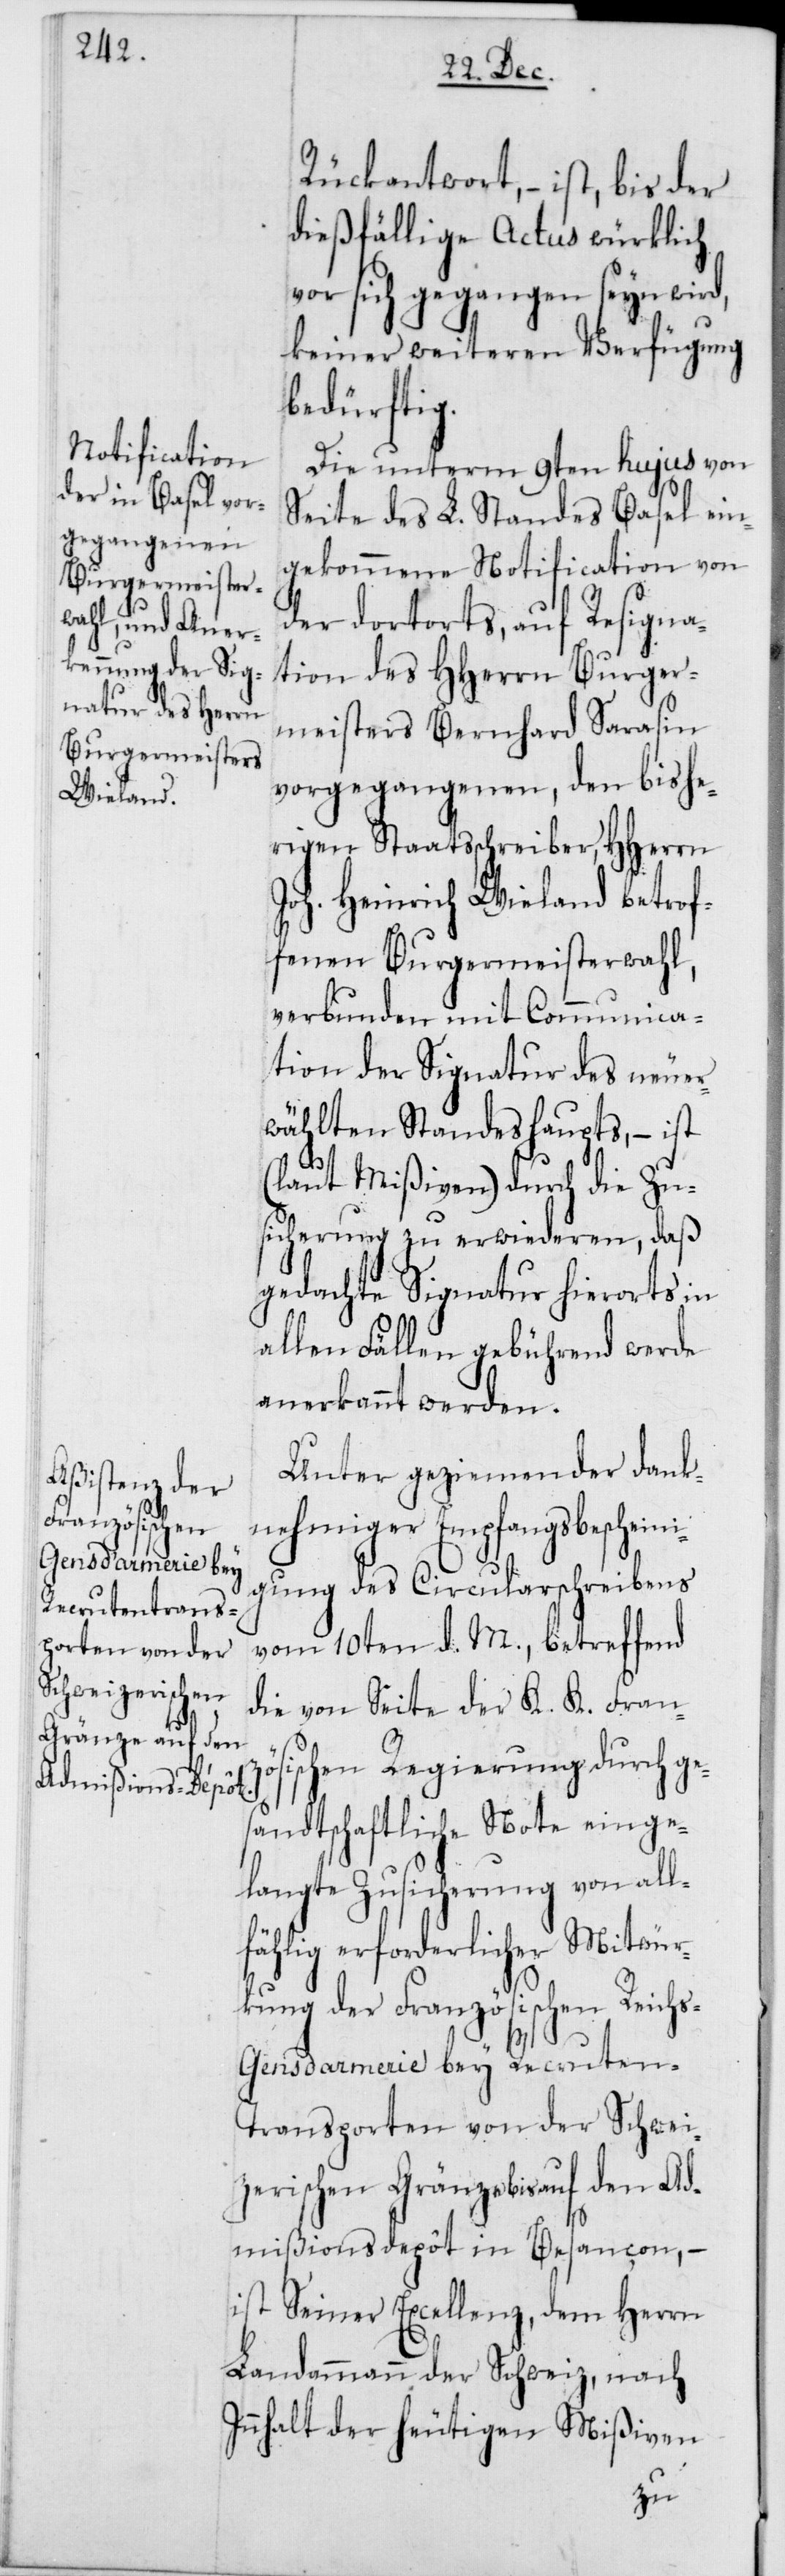
Rückantwort, – ist, bis der
dießfällige Actus würklich
vor sich gegangen seyn wird,
keiner weiteren Verfügung
bedürftig.
Die unterm 9ten hujus von
Seite des L. Standes Basel ein¬
gekommene Notification von
der dortorts, auf Resigna¬
tion des HHerrn Burger¬
meisters Bernhard Sarasin
vorgegangenen, den bishe¬
rigen Staatsschreiber, HHerrn
Joh. Heinrich Wieland betrof¬
fenen Burgermeisterwahl,
verbunden mit Communica¬
tion der Signatur des neuer¬
wählten Standeshaupts, – ist
(laut Mißiven) durch die Zu¬
sicherung zu erwiederen, daß
gedachte Signatur hierorts in
allen Fällen gebührend werde
anerkannt werden.
Unter geziemender dank¬
nehmiger Empfangsbescheini¬
gung des Circularschreibens
vom 10ten d. M., betreffend
die von Seite der K. K. Franz¬
ösischen Regierung durch ge¬
sandtschaftliche Note einge¬
langte Zusicherung von all¬
fählig erforderlicher Mitwür¬
kung der Französischen Reich¬
s-Gensdarmerie bey Recruten-T¬
ransporten von der Schwei¬
zerischen Gränze bis auf den Ad¬
mißionsdepôt in Besançon, –
ist Seiner Excellenz, dem Herrn
Landammann der Schweiz, nach
Innhalt der heutigen Mißiven